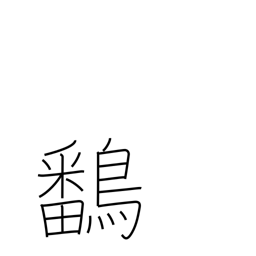
Meaning: gallinulle